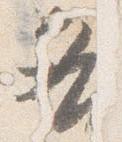
各